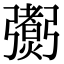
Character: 𢐼